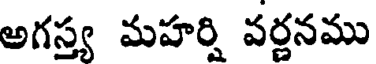
అగస్త్య మహర్షి వర్ణనము